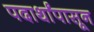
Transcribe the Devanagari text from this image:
पदार्थांपासून